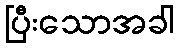
ပြီးသောအခါ